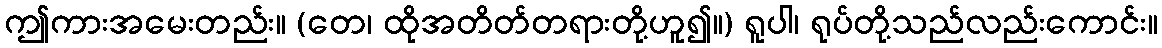
ဤကားအမေးတည်း။ (တေ၊ ထိုအတိတ်တရားတို့ဟူ၍။) ရူပါ၊ ရုပ်တို့သည်လည်းကောင်း။